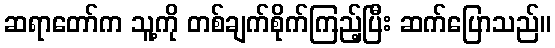
ဆရာတော်က သူ့ကို တစ်ချက်စိုက်ကြည့်ပြီး ဆက်ပြောသည်။